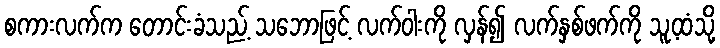
စကားလက်က တောင်းခံသည့် သဘောဖြင့် လက်ဝါးကို လှန်၍ လက်နှစ်ဖက်ကို သူ့ထံသို့